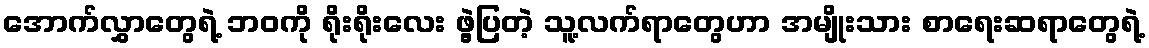
အောက်လွှာတွေရဲ့ ဘဝကို ရိုးရိုးလေး ဖွဲ့ပြတဲ့ သူ့လက်ရာတွေဟာ အမျိုးသား စာရေးဆရာတွေရဲ့